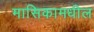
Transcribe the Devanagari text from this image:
मासिकामधील